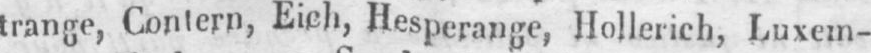
trange, Contern, Eich, Hesperange, Hollerich, Luxem-